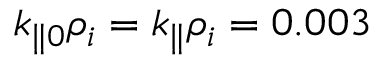
k _ { \parallel 0 } \rho _ { i } = k _ { \parallel } \rho _ { i } = 0 . 0 0 3